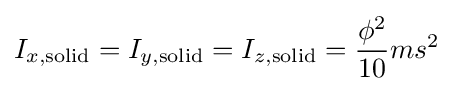
I_{x,\mathrm {solid} }=I_{y,\mathrm {solid} }=I_{z,\mathrm {solid} }={\frac {\phi ^{2}}{10}}ms^{2}\,\!